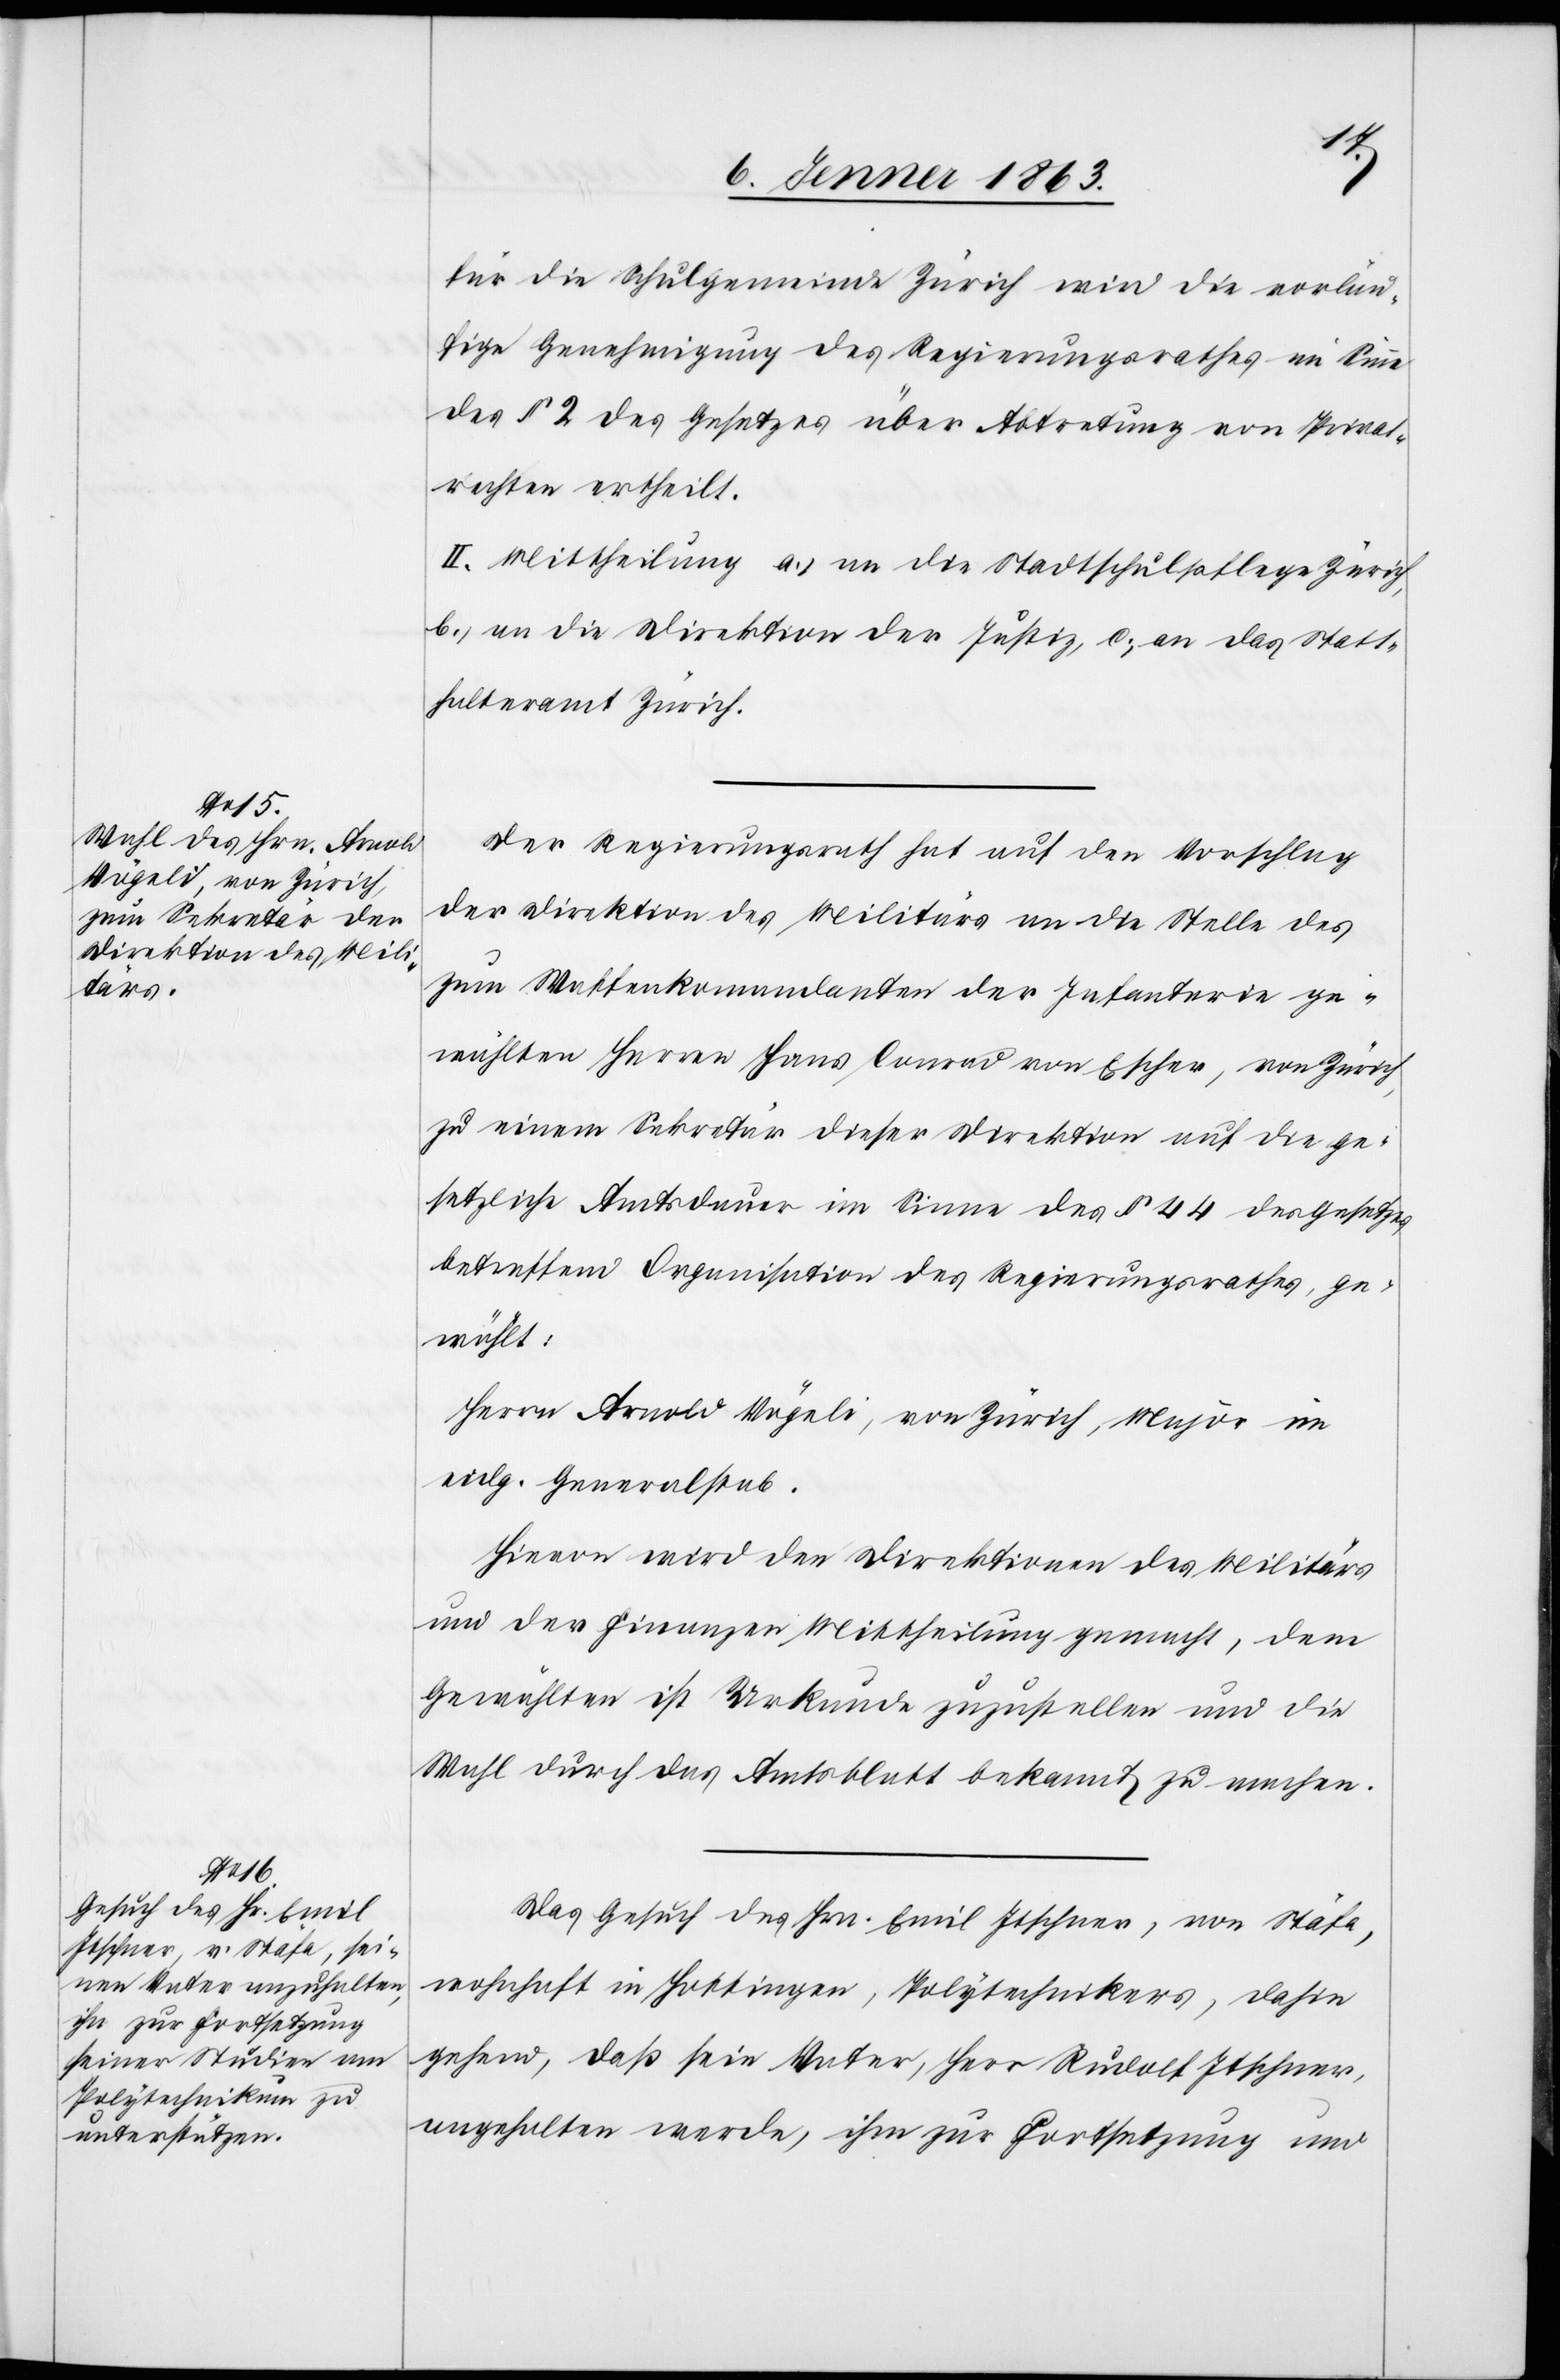
für die Schulgemeinde Zürich wird die vorläu¬
fige Genehmigung des Regierungsrathes im Sinne
des § 2 des Gesetzes über Abtretung von Privat¬
rechten ertheilt.
II. Mittheilung a.) an die Stadtschulpflege Zürich,
b.) an die Direktion der Justiz, c.) an das Statt¬
halteramt Zürich.
Der Regierungsrath hat auf den Vorschlag
der Direktion des Militärs an die Stelle des
zum Waffenkommandanten der Infanterie ge¬
wählten Herren Hans Conrad von Escher, von Zürich,
zu einem Sekretär dieser Direktion auf die ge¬
setzliche Amtsdauer im Sinne des § 44 des Gesetzes
betreffend Organisation des Regierungsrathes, ge¬
wählt:
Herrn Arnold Vögeli, von Zürich, Major im
eidg. Generalstab.
Hievon wird den Direktionen des Militärs
und der Finanzen Mittheilung gemacht, dem
Gewählten ist Urkunde zuzustellen und die
Wahl durch das Amtsblatt bekannt zu machen.
Das Gesuch des Hrn. Emil Itschner, von Stäfa,
wohnhaft in Hottingen, Polytechnikers, dahin
gehend, daß sein Vater, Herr Rudolf Itschner,
angehalten werde, ihm zur Fortsetzung und